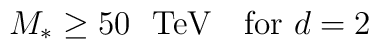
M_* \geq 50 \ \ \mbox{TeV}\ \ \  \mbox{for $d=2$}